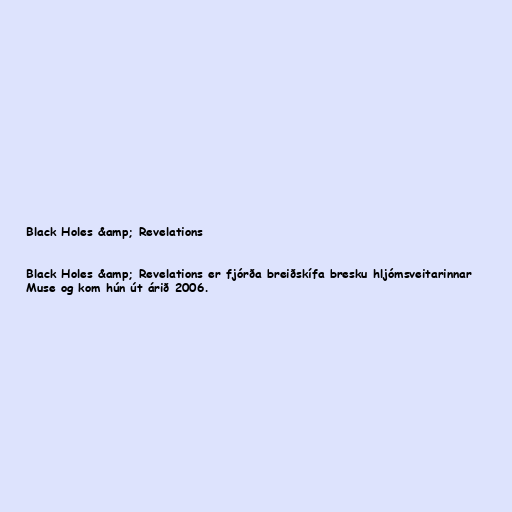
Black Holes &amp; Revelations

Black Holes &amp; Revelations er fjórða breiðskífa bresku hljómsveitarinnar
Muse og kom hún út árið 2006.